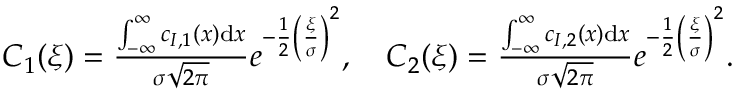
\begin{array} { r l } & { C _ { 1 } ( \xi ) = \frac { \int _ { - \infty } ^ { \infty } c _ { I , 1 } ( x ) \mathrm { d } x } { \sigma \sqrt { 2 \pi } } e ^ { - \frac { 1 } { 2 } \left( \frac { \xi } { \sigma } \right) ^ { 2 } } , \quad C _ { 2 } ( \xi ) = \frac { \int _ { - \infty } ^ { \infty } c _ { I , 2 } ( x ) \mathrm { d } x } { \sigma \sqrt { 2 \pi } } e ^ { - \frac { 1 } { 2 } \left( \frac { \xi } { \sigma } \right) ^ { 2 } } . } \end{array}